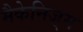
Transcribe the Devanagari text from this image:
मैकेनिज़्म